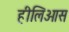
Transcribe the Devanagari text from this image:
हीलिओस